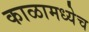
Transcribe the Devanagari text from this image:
काळामध्येच